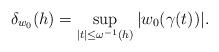
LaTeX: \begin{align*} \delta_{w_0}(h)=\sup_{|t|\leq \omega^{-1}(h)} |w_{0}(\gamma(t))|.\end{align*}